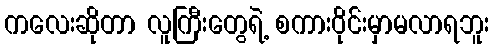
ကလေးဆိုတာ လူကြီးတွေရဲ့ စကားဝိုင်းမှာမလာရဘူး